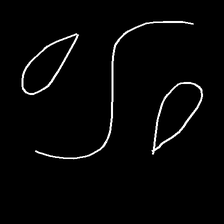
Glyph: water